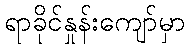
ရာခိုင်နှုန်းကျော်မှာ